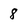
Character: 8